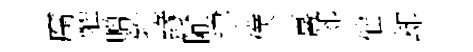
腐懽贈牲緣隃䢖僕喜郊催却